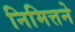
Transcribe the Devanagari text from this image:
निमित्तने